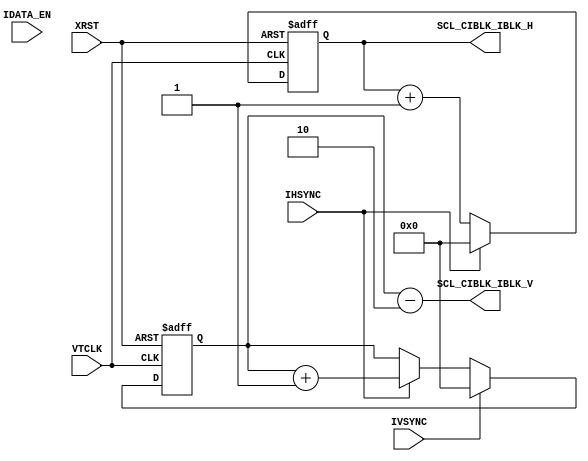
//==========================================================
//  Title     : SONY Mobile CIS
//  Comment   : DUBE block
//  Project   : 
//
//  File Name : 
//
//
//  CONFIDENTIAL AND PROPRIETARY PRODUCT OF SONY CORPORATION
//  Copyright (c) 2015 Sony Corporation.  All Rights Reserved.
//
//  Reference File Name     : (Generated by Excel)
//  Reference File Revision : (none)
//  Reference File Project  : 
//==========================================================



module                  SCL_CIBLK(
     VTCLK
    ,XRST
    ,IHSYNC
    ,IVSYNC
    ,IDATA_EN
    ,SCL_CIBLK_IBLK_H
    ,SCL_CIBLK_IBLK_V
);


/*************************************************
INPUT , OUTPUT
*************************************************/
input           VTCLK;                          // 
input           XRST;                           // 
input           IHSYNC;                         // 
input           IVSYNC;                         // 
input           IDATA_EN;                       // 
output  [9:0]   SCL_CIBLK_IBLK_H;               // 
output  [9:0]   SCL_CIBLK_IBLK_V;               // 

/*************************************************
reg, wire
*************************************************/
reg [9:0] SCL_CIBLK_IBLK_H;
reg [9:0] SCL_CIBLK_IBLK_V_PRE;
wire [9:0] SCL_CIBLK_IBLK_V;

assign SCL_CIBLK_IBLK_V = SCL_CIBLK_IBLK_V_PRE - 2'd2;

always @(posedge VTCLK or negedge XRST) begin
  if (XRST == 1'b0) begin
    SCL_CIBLK_IBLK_H <= 0;
    SCL_CIBLK_IBLK_V_PRE <= 0;
  end else begin
    //calc SCL_CIBLK_IBLK_H
    if (IHSYNC == 1'b1) begin
      SCL_CIBLK_IBLK_H <= 1'b0;
    end else begin
      SCL_CIBLK_IBLK_H <= SCL_CIBLK_IBLK_H + 1'b1;
    end

    //cac SCL_CIBLK_IBLK_V
    if (IVSYNC == 1'b1) begin
      SCL_CIBLK_IBLK_V_PRE <= 1'b0;
    end else if (IHSYNC == 1'b1) begin
      SCL_CIBLK_IBLK_V_PRE <= SCL_CIBLK_IBLK_V_PRE + 1'b1;
    end else begin
      SCL_CIBLK_IBLK_V_PRE <= SCL_CIBLK_IBLK_V_PRE;
    end
  end
end

endmodule